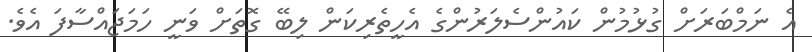
އެ ނަމްބަރަށް ގުޅުމުން ކައުންސެލަރުންގެ އެހީތެރިކަން ލިބޭ ގޮތަށް ވަނީ ހަމަޖައްސާފަ އެވެ.